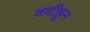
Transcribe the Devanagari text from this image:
वणीहून